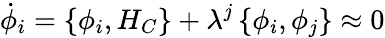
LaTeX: \dot{\phi}_{i}=\left\{ \phi_{i},H_{C}\right\} +\lambda^{j}\left\{ \phi_{i},\phi_{j}\right\} \approx 0